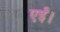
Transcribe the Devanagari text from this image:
एईं।